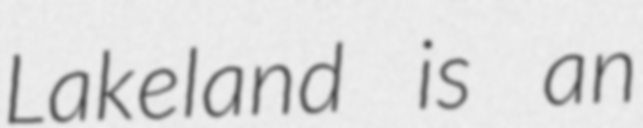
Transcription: Lakeland is an